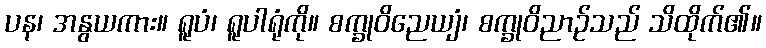
ပန၊ အနွယကား။ ရူပံ၊ ရူပါရုံကို။ စက္ခုဝိညေယျံ၊ စက္ခုဝိညာဉ်သည် သိထိုက်၏။